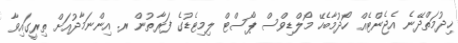
ޚިދުމަތްދޭނެ އެޖެންޓެއް ހޯދުމާބެހޭ މޯލްޑިވްސް ޕޯސްޓް ލިމިޓެޑުގެ ފަރާތުން ރ. އިންނަމާދުއަށް ތިރީގައިވާ